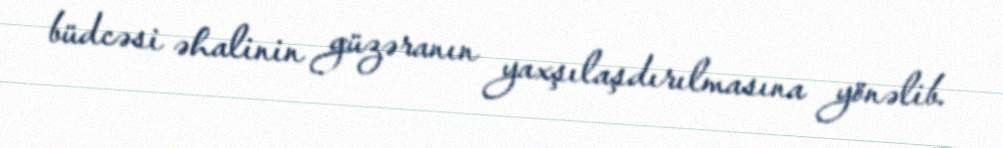
büdcəsi əhalinin güzəranın yaxşılaşdırılmasına yönəlib.